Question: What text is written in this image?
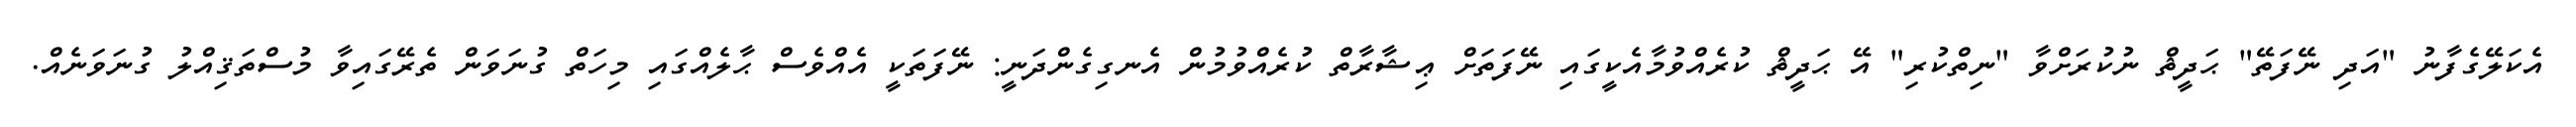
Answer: އެކަލޭގެފާނު "އަދި ނޭފަތޭ" ޙަދީޘް ނުކުރަށްވާ "ނިތްކުރި" އޭ ޙަދީޘް ކުރެއްވުމާއެކީގައި ނޭފަތަށް ޢިޝާރާތް ކުރެއްވުމުން އެނގިގެންދަނީ: ނޭފަތަކީ އެއްވެސް ޙާލެއްގައި މިހަތް ގުނަވަން ތެރޭގައިވާ މުސްތަޤިއްލު ގުނަވަނެއް.